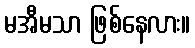
မအီမသာ ဖြစ်နေလား။